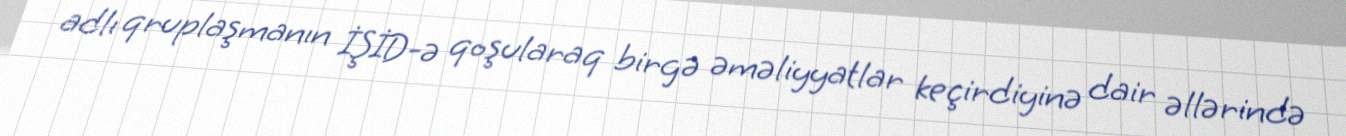
adlı qruplaşmanın İŞİD-ə qoşularaq birgə əməliyyatlar keçirdiyinə dair əllərində